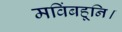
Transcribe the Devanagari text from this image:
मविंबहूनि।